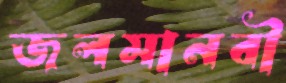
জলমানবী